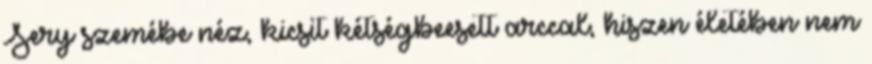
Sery szemébe néz, kicsit kétségbeesett arccal, hiszen életében nem